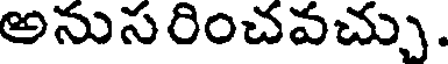
అనుసరించవచ్చు.